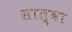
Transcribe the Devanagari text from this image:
सात्वा